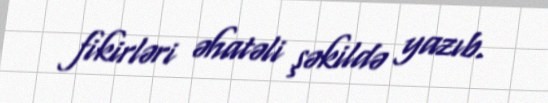
fikirləri əhatəli şəkildə yazıb.